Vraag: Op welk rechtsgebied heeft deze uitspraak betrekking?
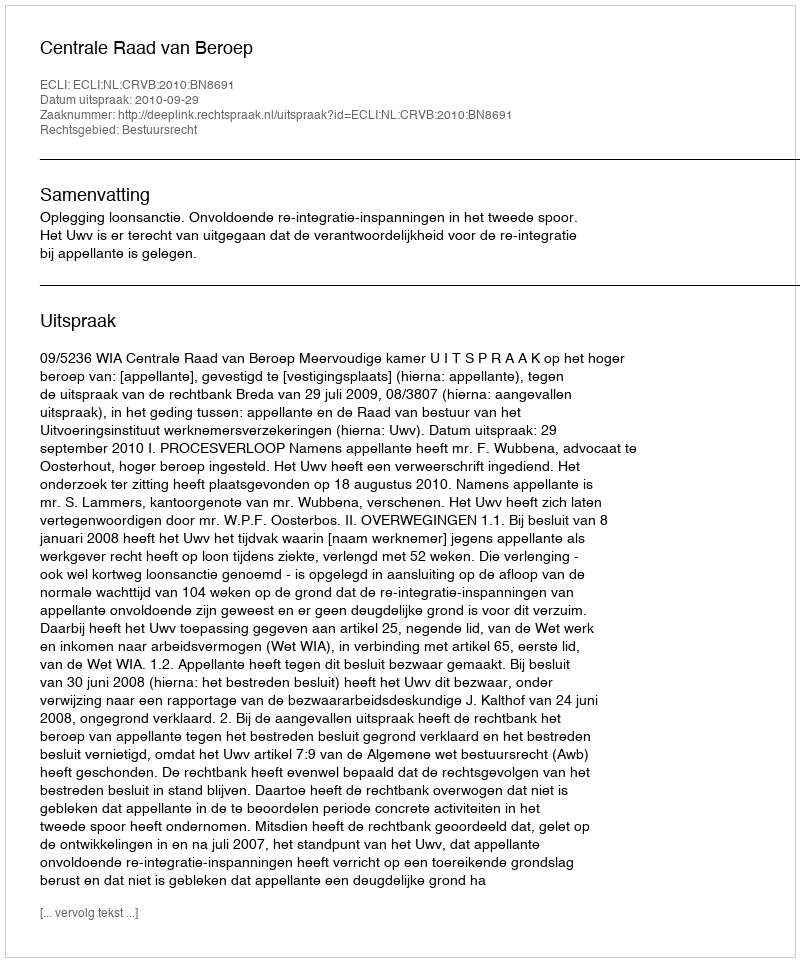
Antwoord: Bestuursrecht